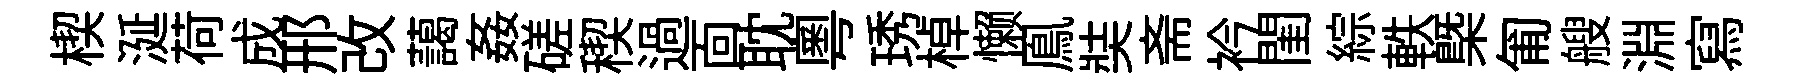
楔涎荷成邢改藹姦磋稧過靣耽粤琇棹懒鳯奘斋衿閨綜軼㮣匍艘淵寫